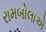
રામબોલાએ